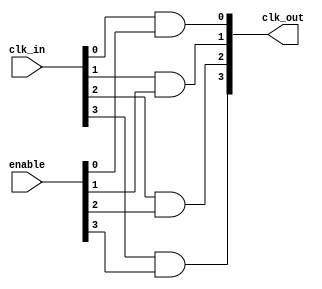
module memory_block_clock_gating #(
    parameter NUM_CLOCK_DOMAINS = 4
)(
    input  wire [NUM_CLOCK_DOMAINS-1:0] clk_in,          // Input clock signals
    input  wire [NUM_CLOCK_DOMAINS-1:0] enable,          // Enable signals for clock gating
    output wire [NUM_CLOCK_DOMAINS-1:0] clk_out          // Gated clock signals
);

// Clock gating logic
genvar i;
generate
    for (i = 0; i < NUM_CLOCK_DOMAINS; i = i + 1) begin : clock_gating
        assign clk_out[i] = clk_in[i] & enable[i];       // AND gate for clock gating
    end
endgenerate

endmodule